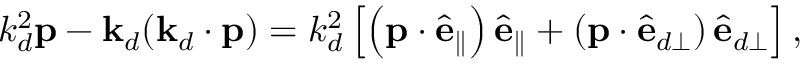
k _ { d } ^ { 2 } \mathbf { p } - \mathbf { k } _ { d } ( \mathbf { k } _ { d } \cdot \mathbf { p } ) = k _ { d } ^ { 2 } \left[ \left( \mathbf { p } \cdot \hat { \mathbf { e } } _ { \parallel } \right) \hat { \mathbf { e } } _ { \parallel } + \left( \mathbf { p } \cdot \hat { \mathbf { e } } _ { d \perp } \right) \hat { \mathbf { e } } _ { d \perp } \right] ,